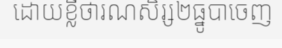
ដោយខ្លីថារណសិរ្ស២ធ្នូបាចេញ